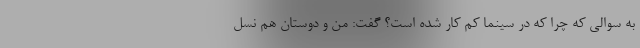
به سوالی که چرا که در سینما کم کار شده است؟ گفت: من و دوستان هم نسل